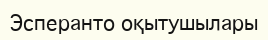
Эсперанто оқытушылары